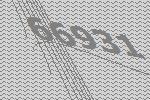
66931